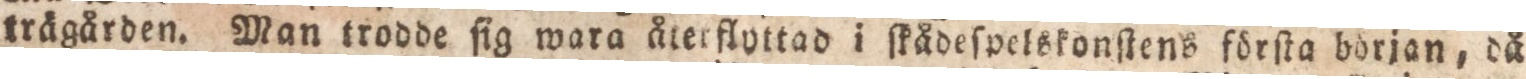
trägården. Man trodde ſig wara återflyttad i ſkådeſpelskonſtens förſta borjan, då